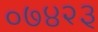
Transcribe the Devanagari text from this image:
०७४२३